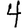
Digit: 4